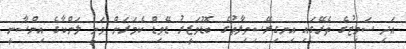
އަދި ސަމިޓުގެ ތެރޭގައި އިނގިރޭސިވިލާތުގެ ބޮޑުވަޒީރު ޑޭވިޑް ކެމަރަން ވަނީ ލަންކާގެ އިންސާނީ